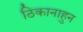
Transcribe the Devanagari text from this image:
ठिकानाहुन